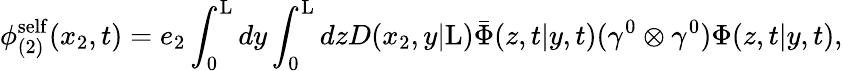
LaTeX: {\phi}_{(2)}^{\mathrm{self}}(x_{2},t)=e_{2}\int_{0}^{\mathrm{L}}dy\int_{0}^{\mathrm{L}}dzD(x_{2},y|\mathrm{L})\bar{\Phi}(z,t|y,t)({\gamma}^{0}\otimes{\gamma}^{0}){\Phi}(z,t|y,t),